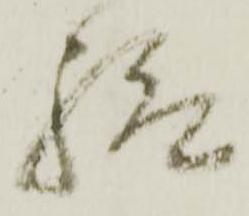
給